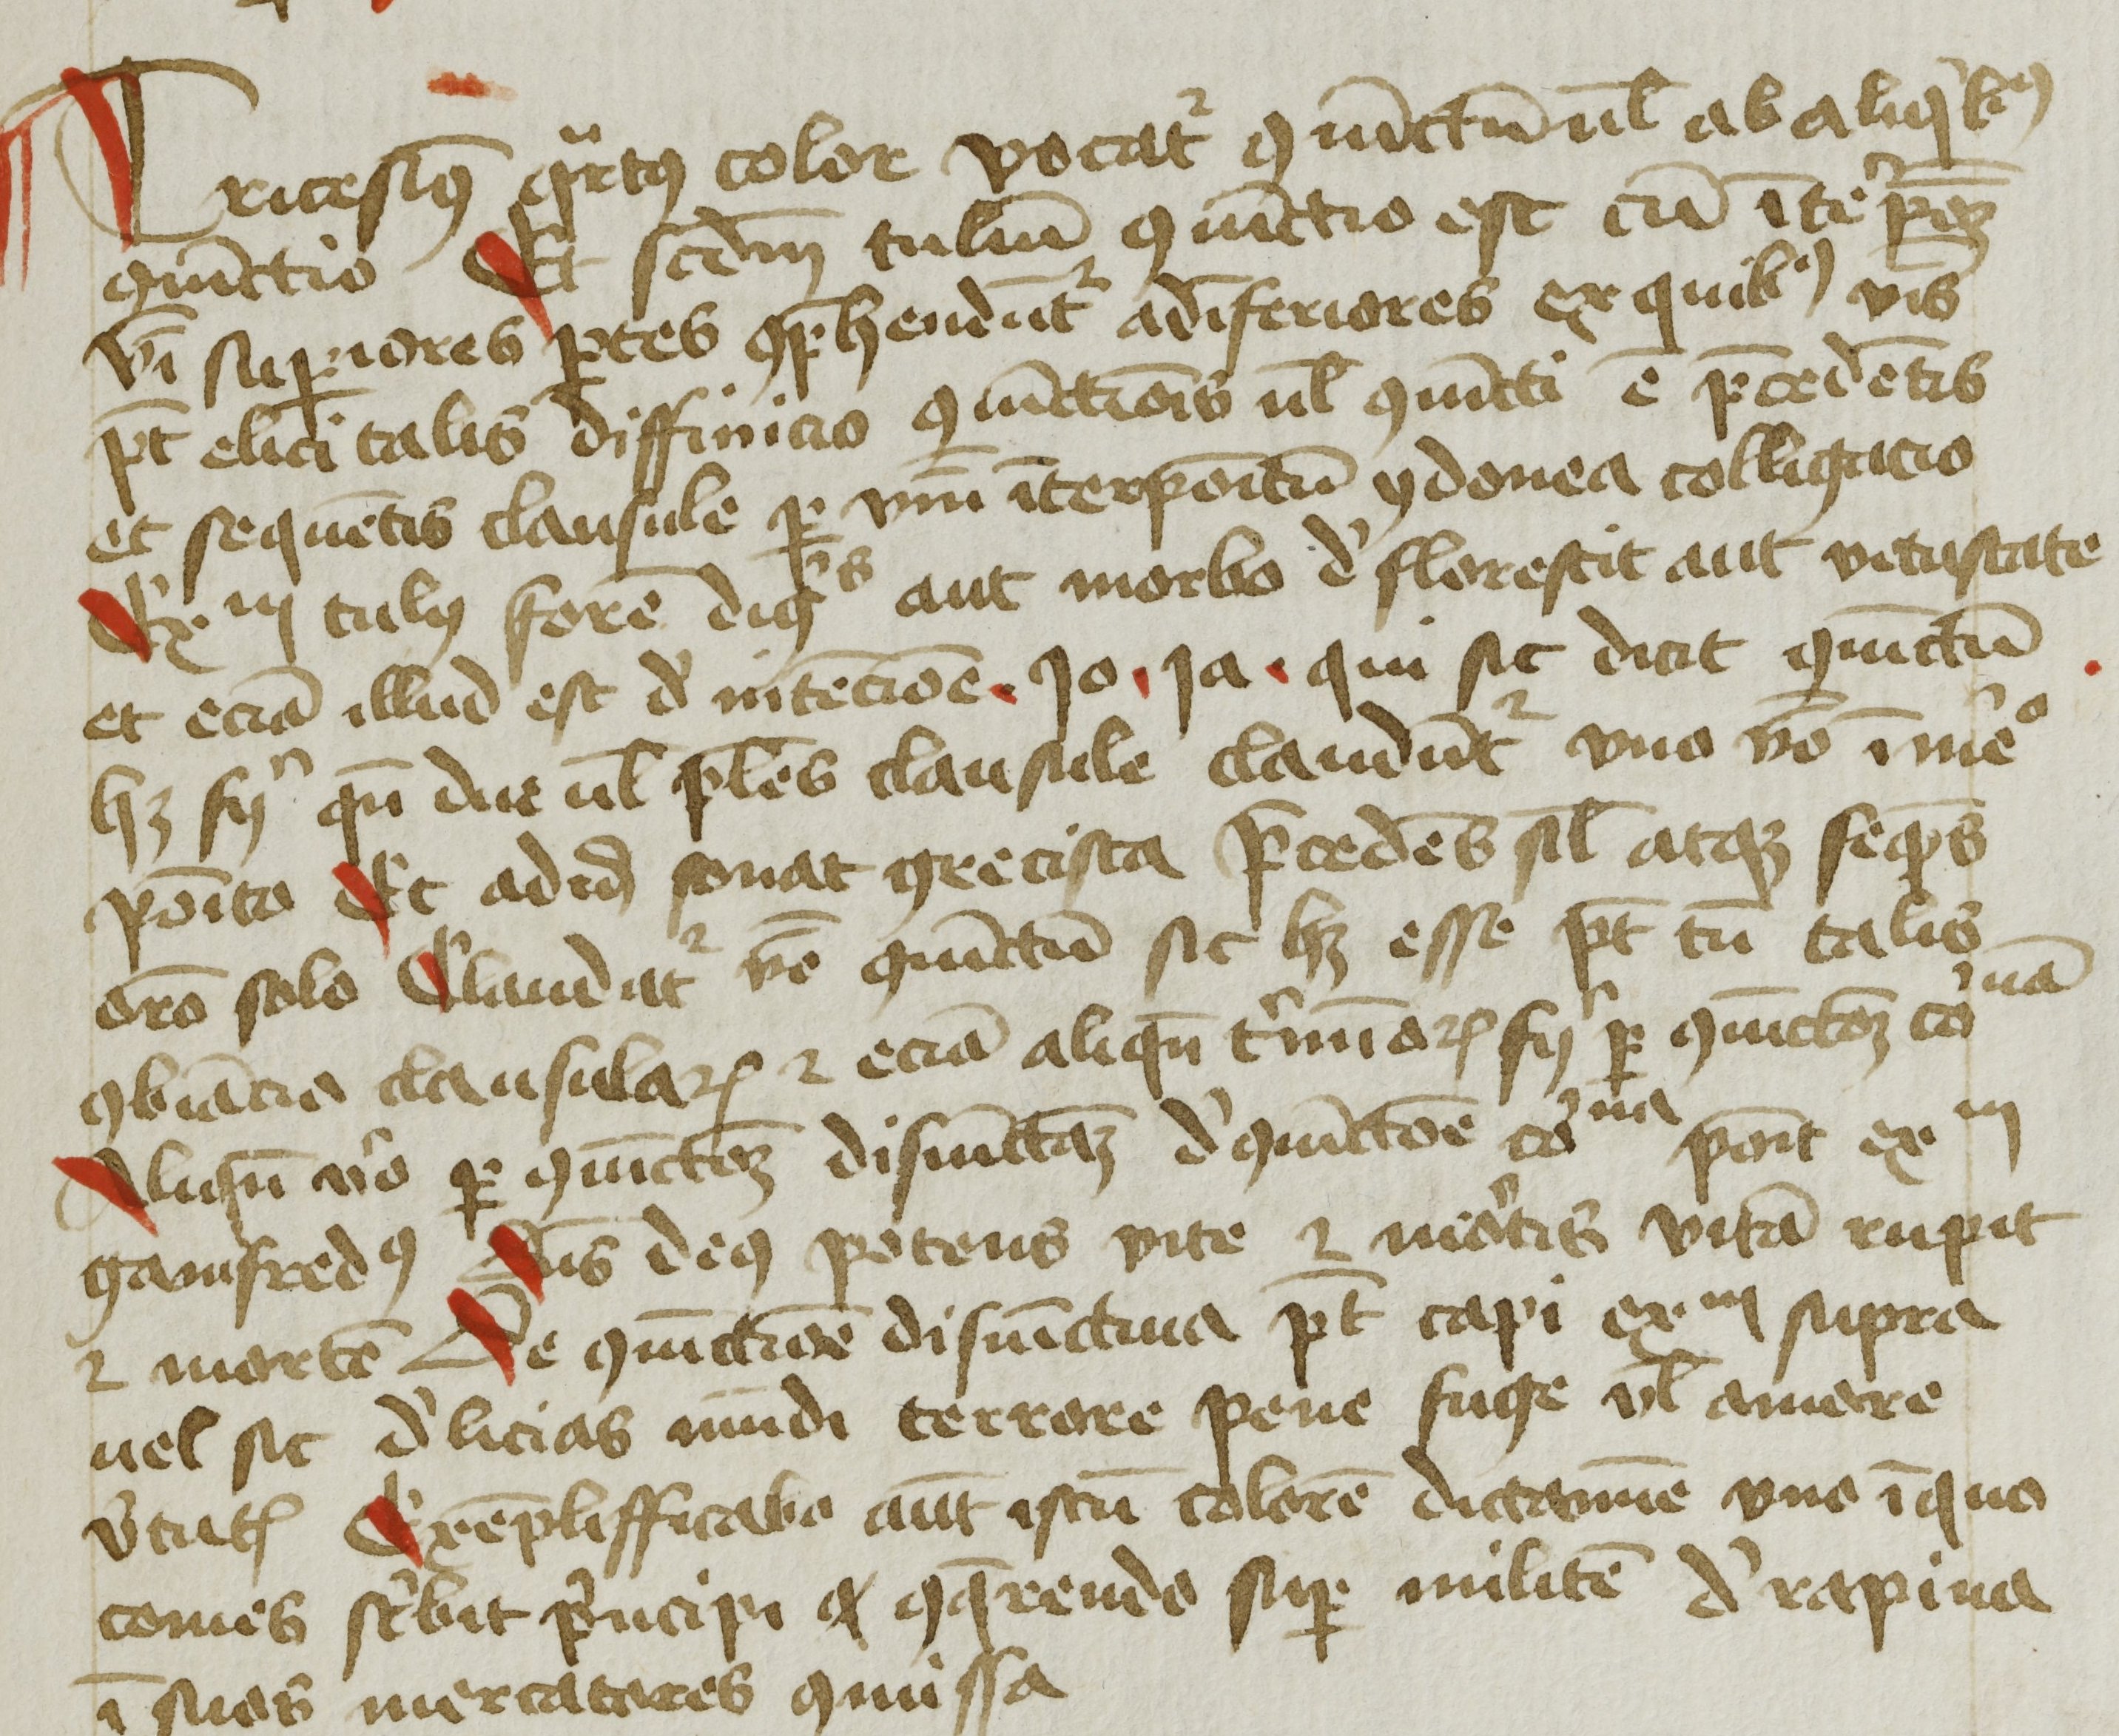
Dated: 1425–1449